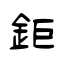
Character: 鉅